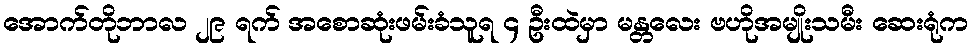
အောက်တိုဘာလ ၂၉ ရက် အစောဆုံးဖမ်းခံသူရ ၄ ဦးထဲမှာ မန္တလေး ဗဟိုအမျိုးသမီး ဆေးရုံက